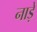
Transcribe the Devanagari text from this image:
नाड़े